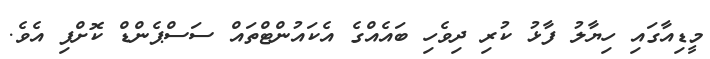
މީޑިއާގައި ހިޔާލު ފާޅު ކުރި ދިވެހި ބައެއްގެ އެކައުންޓްތައް ސަސްޕެންޑް ކޮށްފި އެވެ.